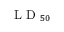
\mathrm { ~ L ~ D ~ } _ { 5 0 }